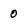
Character: 0